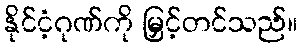
နိုင်ငံ့ဂုဏ်ကို မြှင့်တင်သည်။